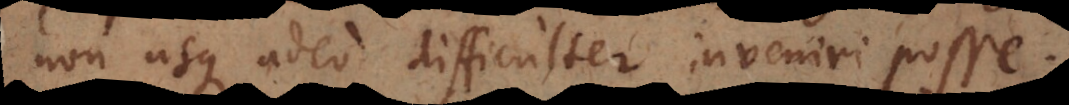
non usque adeo difficulter inveniri posse.